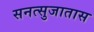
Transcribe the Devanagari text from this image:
सनत्सुजातास